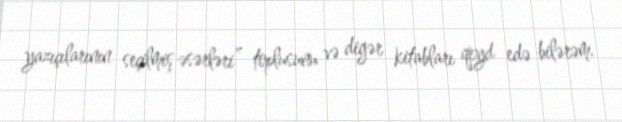
yazıçılarının seçilmiş əsərləri” toplusunu və digər kitabları qeyd edə bilərəm.